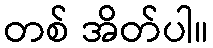
တစ် အိတ်ပါ။